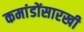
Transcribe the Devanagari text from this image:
कमांडोंसारखी